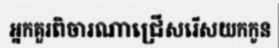
អ្នកគួរពិចារណាជ្រើសរើសយកកូន